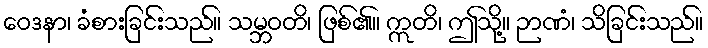
ဝေဒနာ၊ ခံစားခြင်းသည်။ သမ္ဘဝတိ၊ ဖြစ်၏။ ဣတိ၊ ဤသို့။ ဉာဏံ၊ သိခြင်းသည်။